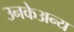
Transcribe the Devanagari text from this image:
उनकेअन्य